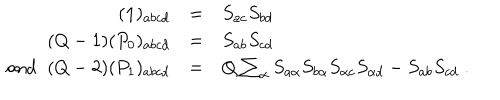
LaTeX: \begin{array} { r c l } { { ( { \bf 1 } ) _ { a b c d } } } & { { = } } & { { S _ { a c } S _ { b d } } } \\ { { ( Q - 1 ) ( P _ { 0 } ) _ { a b c d } } } & { { = } } & { { S _ { a b } S _ { c d } } } \\ { { \mathrm { a n d \; \; } ( Q - 2 ) ( P _ { 1 } ) _ { a b c d } } } & { { = } } & { { Q \sum _ { \alpha } S _ { a \alpha } S _ { b \alpha } S _ { \alpha c } S _ { \alpha d } - S _ { a b } S _ { c d } \; . } } \\ \end{array}